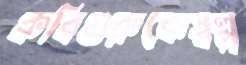
কবিগুরুকেস্বল্প